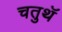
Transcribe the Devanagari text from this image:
चतुथॅ